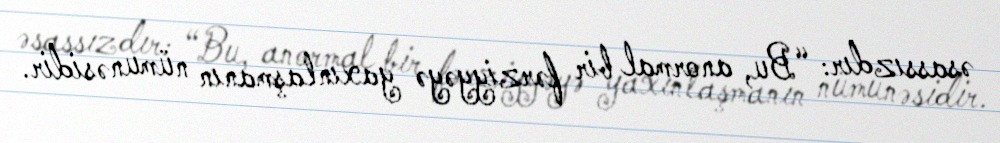
əsassızdır: “Bu, anormal bir fərziyyəyə yaxınlaşmanın nümunəsidir.